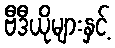
ဗီဒီယိုများနှင့်